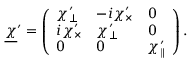
\underline { { \boldsymbol \chi } } ^ { \prime } = \left( \begin{array} { l l l } { \chi _ { \perp } ^ { \prime } } & { - i \chi _ { \times } ^ { \prime } } & { 0 } \\ { i \chi _ { \times } ^ { \prime } } & { \chi _ { \perp } ^ { \prime } } & { 0 } \\ { 0 } & { 0 } & { \chi _ { \parallel } ^ { \prime } } \end{array} \right) .